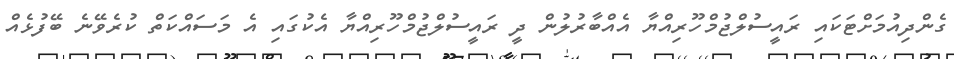
ގެންދިއުމަށްޓަކައި ރައީސުލްޖުމްހޫރިއްޔާ އެއްބާރުލުން ދީ ރައީސުލްޖުމްހޫރިއްޔާ އެކުގައި އެ މަސައްކަތް ކުރެވޭނެ ބޭފުޅެއް